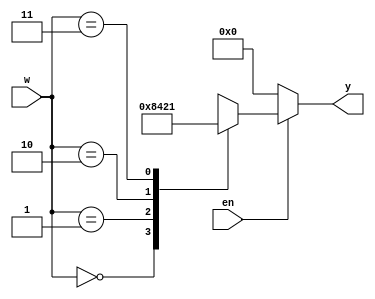
`timescale 1ns / 1ps
//////////////////////////////////////////////////////////////////////////////////
// Company: 
// Engineer: 
// 
// Design Name: 
// Module Name: decoder_2x4
// Project Name: 
// Target Devices: 
// Tool Versions: 
// Description: 
// 
// Dependencies: 
// 
// Revision:
// Revision 0.01 - File Created
// Additional Comments:
// 
//////////////////////////////////////////////////////////////////////////////////


module decoder_2x4(
         input [1:0]w,
         input en,
         output reg [0:3]y
    );
    
    always @(w,en)
    begin
       y = 4'b0000;
       if(en)
       begin
         case(w)
           0 : y = 4'b1000;
           1 : y = 4'b0100;
           2 : y = 4'b0010;
           3 : y = 4'b0001;
         endcase
       end
       else
           y = 4'b0000;
     end               
    
    
    
    
    
    
    
endmodule